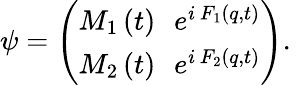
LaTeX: \psi=\left(\begin{array}{l}{{M_{1}\left(t\right)\, \, \, \, e^{i\, F_{1}\left(q,t\right)}}}\\ {{M_{2}\left(t\right)\, \, \, \, e^{i\, F_{2}\left(q,t\right)}}}\end{array}\right).\,